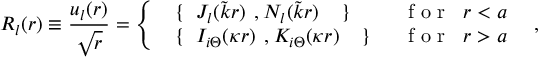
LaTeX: R _ { l } ( r ) \equiv \frac { u _ { l } ( r ) } { \sqrt { r } } = \left\{ \begin{array} { l r } { { \mathrm { \boldmath \large ~ \left\{ ~ \right. ~ } \! \! \! J _ { l } ( \tilde { k } r ) \mathrm { \boldmath \large ~ , ~ } \! \! N _ { l } ( \tilde { k } r ) \mathrm { \boldmath \large ~ \left. ~ \right\} ~ } \! \! \; } } & { { \textrm { f o r } \; \; r < a } } \\ { { \mathrm { \boldmath \large ~ \left\{ ~ \right. ~ } \! \! \! I _ { i \Theta } ( \kappa r ) \mathrm { \boldmath \large ~ , ~ } \! \! K _ { i \Theta } ( \kappa r ) \mathrm { \boldmath \large ~ \left. ~ \right\} ~ } \! \! \; } } & { { \textrm { f o r } \; \; r > a } } \end{array} \right. \; \; ,